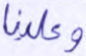
وعلينا